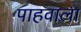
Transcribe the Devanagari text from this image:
पाहवाला